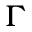
\Gamma